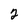
Character: 2